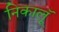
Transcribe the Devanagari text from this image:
निकालूॅ